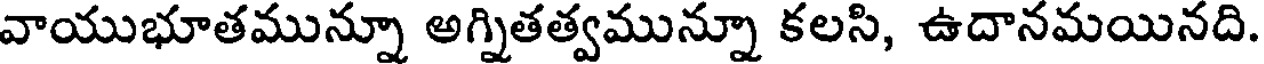
వాయుభూతమున్నూ అగ్నితత్వమున్నూ కలసి, ఉదానమయినది.